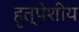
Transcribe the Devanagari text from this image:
हृत्पेशीय